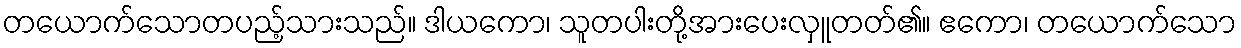
တယောက်သောတပည့်သားသည်။ ဒါယကော၊ သူတပါးတို့အားပေးလှူတတ်၏။ ဧကော၊ တယောက်သော